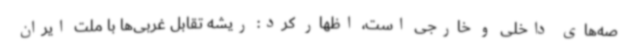
صه‌های داخلی و خارجی است، اظهار کرد: ریشه‌ تقابل غربی‌ها با ملت ایران